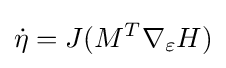
{\dot {\eta }}=J(M^{T}\nabla _{\varepsilon }H)